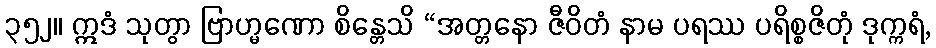
၃၅၂။ ဣဒံ သုတွာ ဗြာဟ္မဏော စိန္တေသိ “အတ္တနော ဇီဝိတံ နာမ ပရဿ ပရိစ္စဇိတုံ ဒုက္ကရံ,